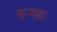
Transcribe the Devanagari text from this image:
मन्मथः